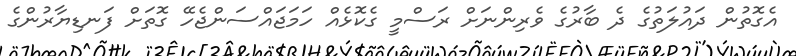
އެގޮތުން ދައުލަތުގެ ދެ ބާރުގެ ވެރިންނަށް ރަސްމީ ގެކޮޅެއް ހަމަޖައްސަންޖެހޭ ގޮތަށް ފަނޑިޔާރުންގެ